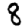
Digit: 8